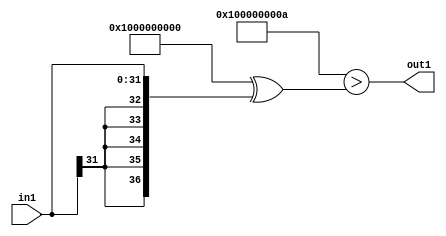
`timescale 1ps / 1ps
/*****************************************************************************
    Verilog RTL Description
    
    
    Created by: Stratus DpOpt 21.05.01 
*******************************************************************************/

module SobelFilter_Lti10s32_1 (
	in1,
	out1
	); /* architecture "behavioural" */ 
input [31:0] in1;
output  out1;
wire  asc001;

assign asc001 = ((37'B1000000000000000000000000000000000000 ^ 37'B0000000000000000000000000000000001010)>(37'B1000000000000000000000000000000000000
    ^ {{5{in1[31]}}, in1}));

assign out1 = asc001;
endmodule

/* CADENCE  uLPySww= : u9/ySxbfrwZIxEzHVQQV8Q== ** DO NOT EDIT THIS LINE ******/